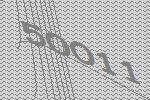
50011